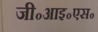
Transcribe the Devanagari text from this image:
जी॰आइ॰एस॰